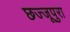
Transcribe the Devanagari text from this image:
छज्जूपुरा